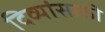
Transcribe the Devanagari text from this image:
दिव्यांसाठी